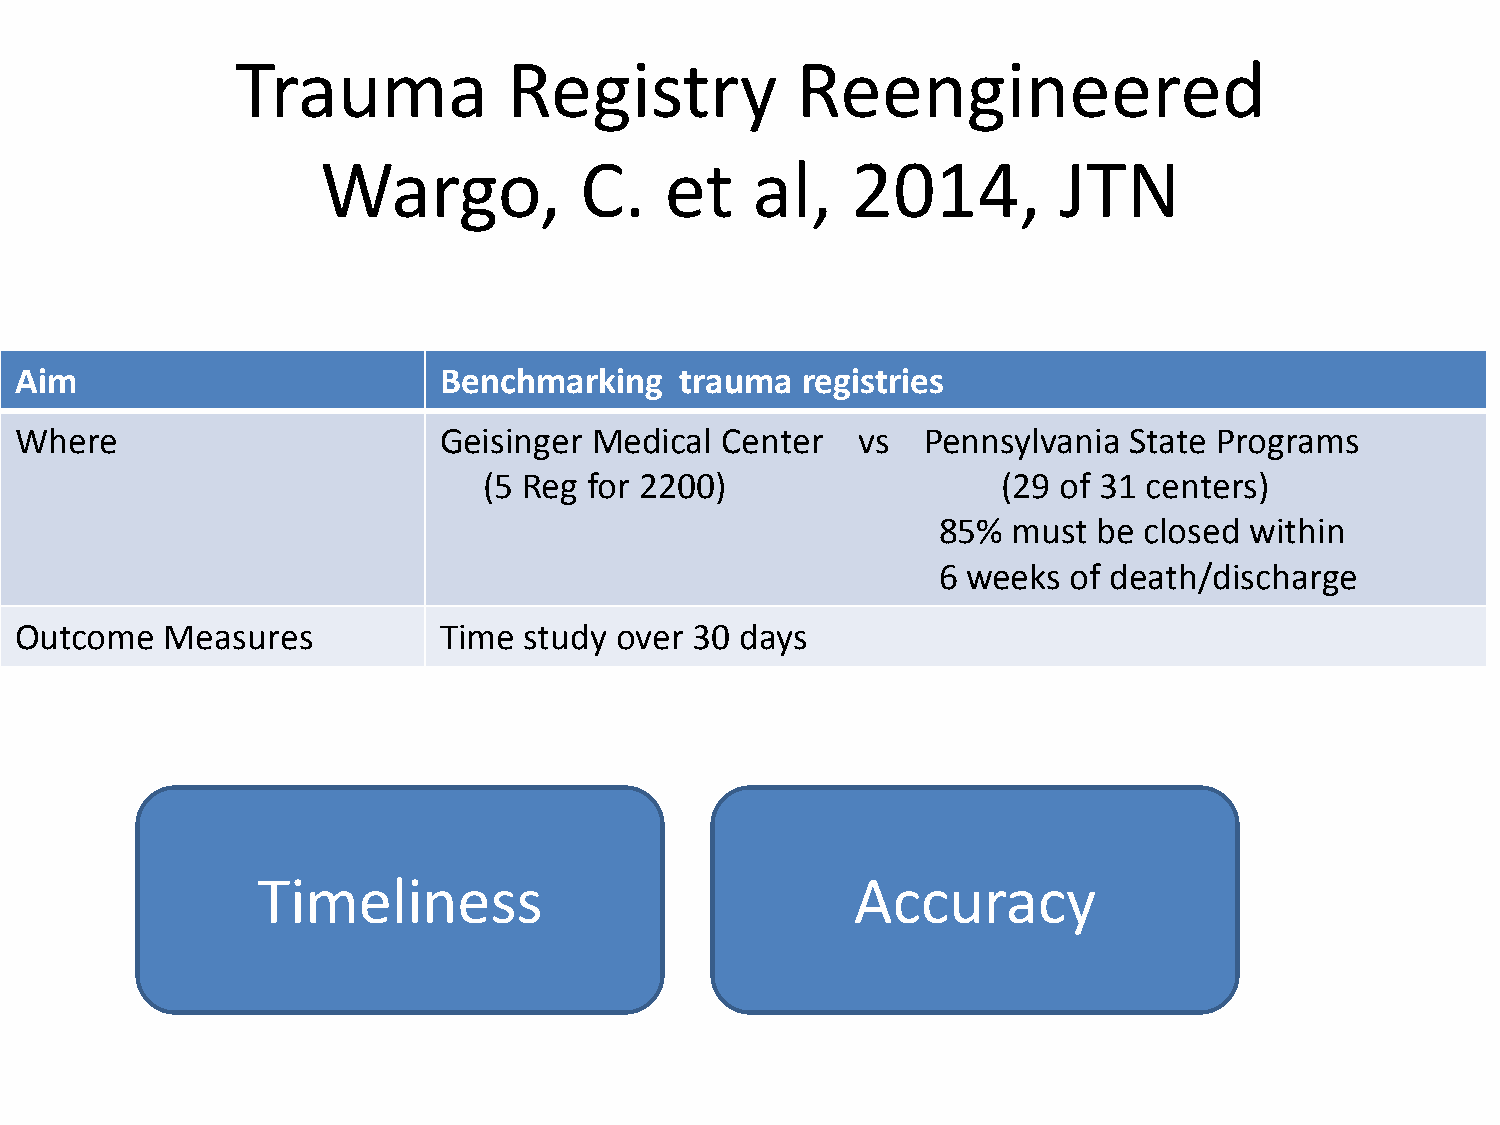
Trauma            Registry           Reengineered
 Wargo,           C.    et    al,   2014,         JTN
 Aim                         Benchmarking    trauma  registries
 Where                       Geisinger Medical  Center   vs  Pennsylvania  State Programs
 (5 Reg for 2200)                  (29 of 31 centers)
 85%  must  be closed within
 6 weeks  of death/discharge
 Outcome   Measures          Time  study over 30 days
 Timeliness                              Accuracy